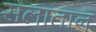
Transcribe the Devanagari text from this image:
सलातान